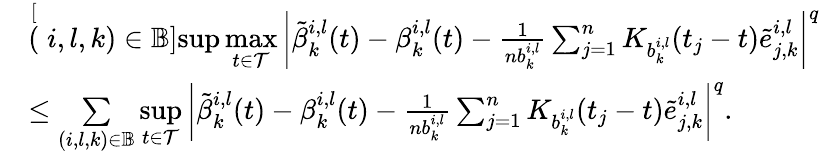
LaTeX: \begin{array}{rl}&{\stackrel[(i,l,k)\in\mathbb{B}]{\operatorname*{sup}}\underset{t\in\mathcal{T}}{\operatorname*{max}}\left|\tilde{\beta}_{k}^{i,l}(t)-\beta_{k}^{i,l}(t)-\frac{1}{nb_{k}^{i,l}}\sum_{j=1}^{n}K_{b_{k}^{i,l}}(t_{j}-t)\tilde{e}_{j,k}^{i,l}\right|^{q}}\\ &{\leq\underset{(i,l,k)\in\mathbb{B}}{\sum}\underset{t\in\mathcal{T}}{\operatorname*{sup}}\left|\tilde{\beta}_{k}^{i,l}(t)-\beta_{k}^{i,l}(t)-\frac{1}{nb_{k}^{i,l}}\sum_{j=1}^{n}K_{b_{k}^{i,l}}(t_{j}-t)\tilde{e}_{j,k}^{i,l}\right|^{q}.}\end{array}